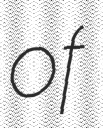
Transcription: of